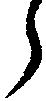
ら